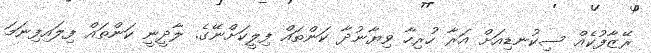
ރޭޒާފުކެއް ސިކުނޑިއަށް އަރާ ހުރިހާ ވިޔާނުދާ ކަންތައް ފިލީކަށްނޭގެ. ލާދީނީ ކަންތައް ފިލައިފިނަމަ